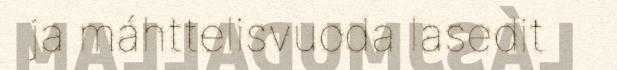
ja máhttelisvuoda lasedit